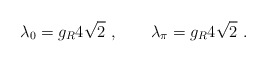
\begin{align*}\lambda_0=g_R4\sqrt{2}\ ,\qquad \lambda_\pi=g_R4\sqrt{2}\ .\end{align*}